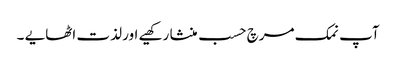
آپ نمک مرچ حسب منشا رکھیے اور لذت اٹھایے ۔